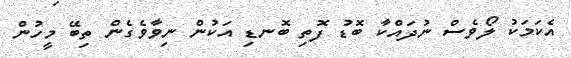
އެކަމަކު ލޯވެސް ނުދައްކާ ބޮޑު ފޮތި ބޮނޑި އަކުން ނިވާވެގެން ތިބޭ މީހުން